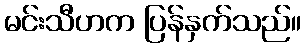
မင်းသီဟက ပြန်နှက်သည်။